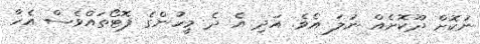
ނުކޮށް ދޫކޮށެއް ނުލަ އެވެ. އަދި އެ ދެ މީހުންގެ ފޮޓޯތައްވެސް އެހާ